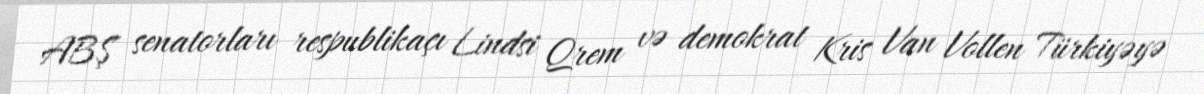
ABŞ senatorları respublikaçı Lindsi Qrem və demokrat Kris Van Vollen Türkiyəyə